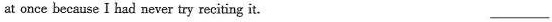
at once because I had never try reciting it. ___